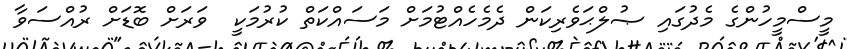
މީސްމީހުންގެ މެދުގައި ޞުލްޙަވެރިކަން ދެމެހެއްޓުމަށް މަސައްކަތް ކުރުމަކީ  ވަރަށް ބޮޑަށް ރުއްސަވާ